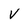
Character: v